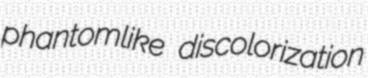
phantomlike discolorization